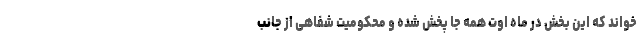
خواند که این بخش در ماه اوت همه جا پخش شده و محکومیت شفاهی از جانب